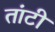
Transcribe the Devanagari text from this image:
तांटी